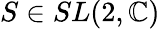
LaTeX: S\in SL(2,\mathbb{C})